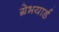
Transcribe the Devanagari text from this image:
ग्रेभयार्ड